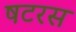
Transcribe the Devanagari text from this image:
षटरस